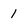
Character: 1